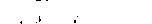
. .